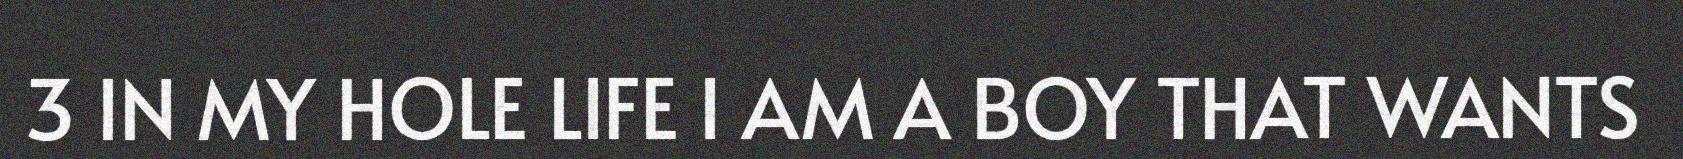
3 IN MY HOLE LIFE I AM A BOY THAT WANTS